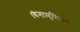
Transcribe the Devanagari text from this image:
विनामृत्तिका